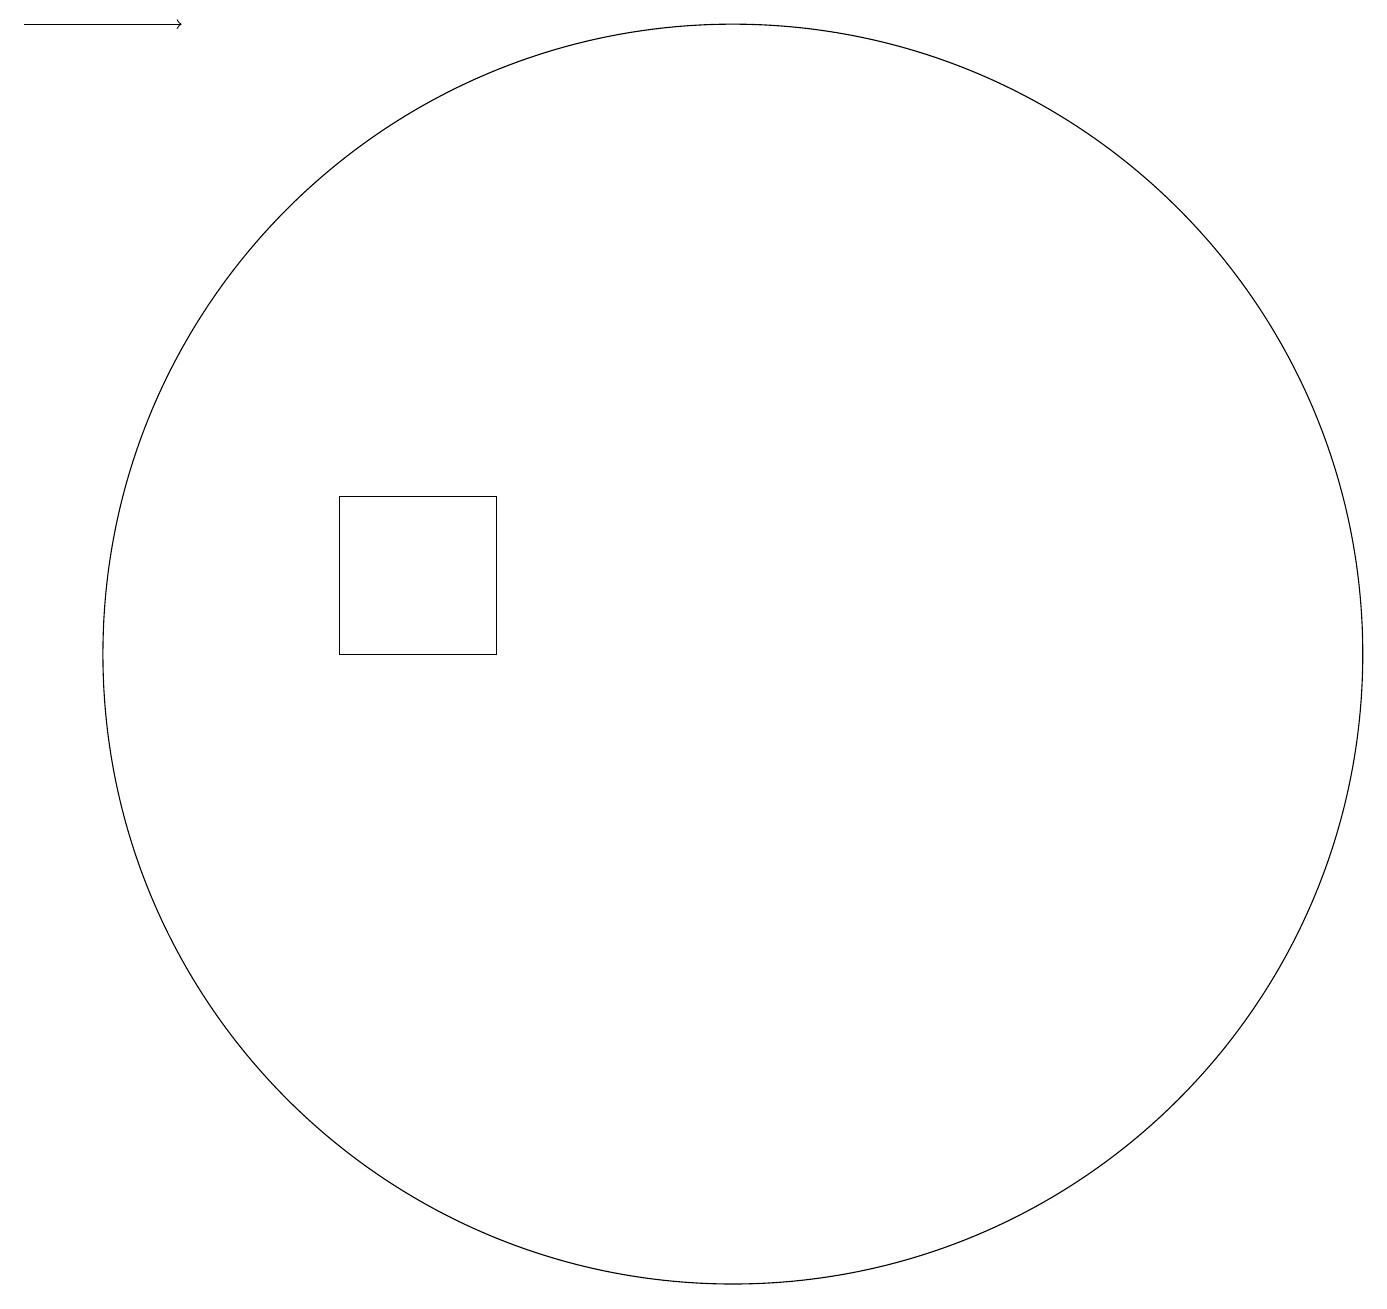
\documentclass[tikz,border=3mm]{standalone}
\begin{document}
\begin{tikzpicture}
\draw[->] (3,19) -- (5,19);
\draw (12,11) circle (8);
\draw (9,11) rectangle (7,13);
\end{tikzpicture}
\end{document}